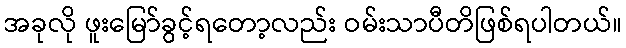
အခုလို ဖူးမြော်ခွင့်ရတော့လည်း ဝမ်းသာပီတိဖြစ်ရပါတယ်။